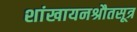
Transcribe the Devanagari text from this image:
शांखायनश्रौतसूत्र